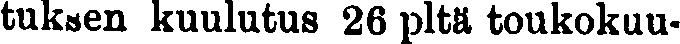
tuksen kuulutus 26 pltä toukokuu-